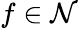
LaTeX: f\in\mathcal{N}